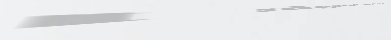
محل بيع الزهور الطازجة: ا